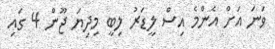
ވަނަ އަށް އެންމެ އިސް ލީޑަރު ލިބީ މިދިޔަ ޖޫން 4 ގައި